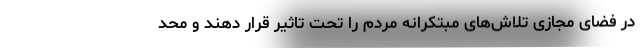
در فضای مجازی تلاش‌های مبتکرانه مردم را تحت تاثیر قرار دهند و محد